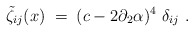
\begin{align*}\tilde{\zeta}_{ij} (x)\;=\; (c-2\partial_2\alpha)^4 \ \delta_{ij}\ .\end{align*}